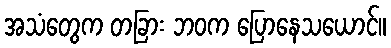
အသံတွေက တခြား ဘဝက ပြောနေသယောင်။